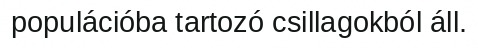
populációba tartozó csillagokból áll.